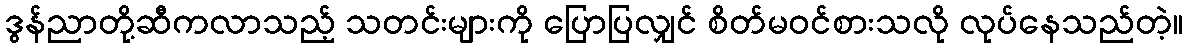
ဒွန်ညာတို့ဆီကလာသည့် သတင်းများကို ပြောပြလျှင် စိတ်မဝင်စားသလို လုပ်နေသည်တဲ့။